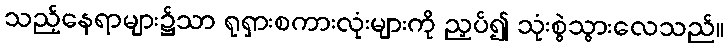
သည့်နေရာများ၌သာ ရုရှားစကားလုံးများကို ညှပ်၍ သုံးစွဲသွားလေသည်။